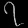
Digit: ၇